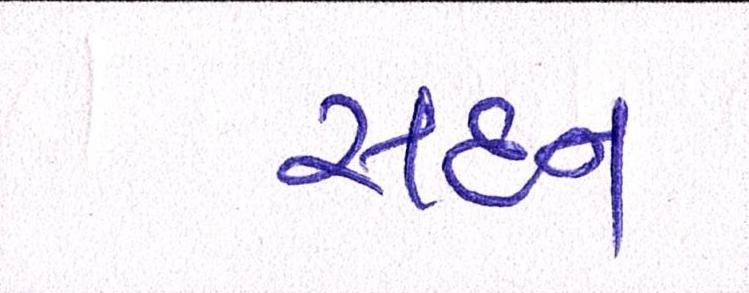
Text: સદન